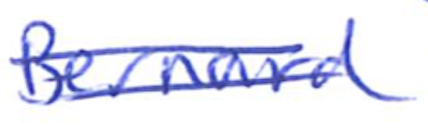
Text: Bernard
Cross-out: double-line
Writing tool: ballpoint